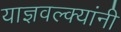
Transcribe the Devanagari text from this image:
याज्ञवल्क्यांनी